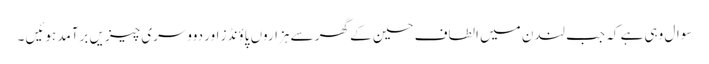
سوال وہی ہے کہ جب لندن میں الطاف حسین کے گھر سے ہزاروں پاؤنڈز اور دووسری چیزیں برآمد ہوئیں ۔